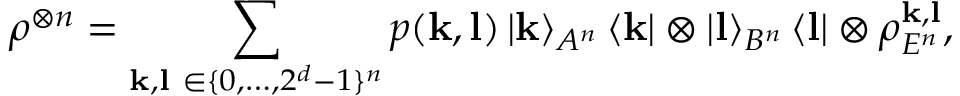
\rho ^ { \otimes n } = \sum _ { \mathbf { k } , \mathbf { l } ~ \in \{ 0 , \dots , 2 ^ { d } - 1 \} ^ { n } } p ( \mathbf { k } , \mathbf { l } ) \left\vert \mathbf { k } \right\rangle _ { A ^ { n } } \left\langle \mathbf { k } \right\vert \otimes \left\vert \mathbf { l } \right\rangle _ { B ^ { n } } \left\langle \mathbf { l } \right\vert \otimes \rho _ { E ^ { n } } ^ { \mathbf { k } , \mathbf { l } } ,